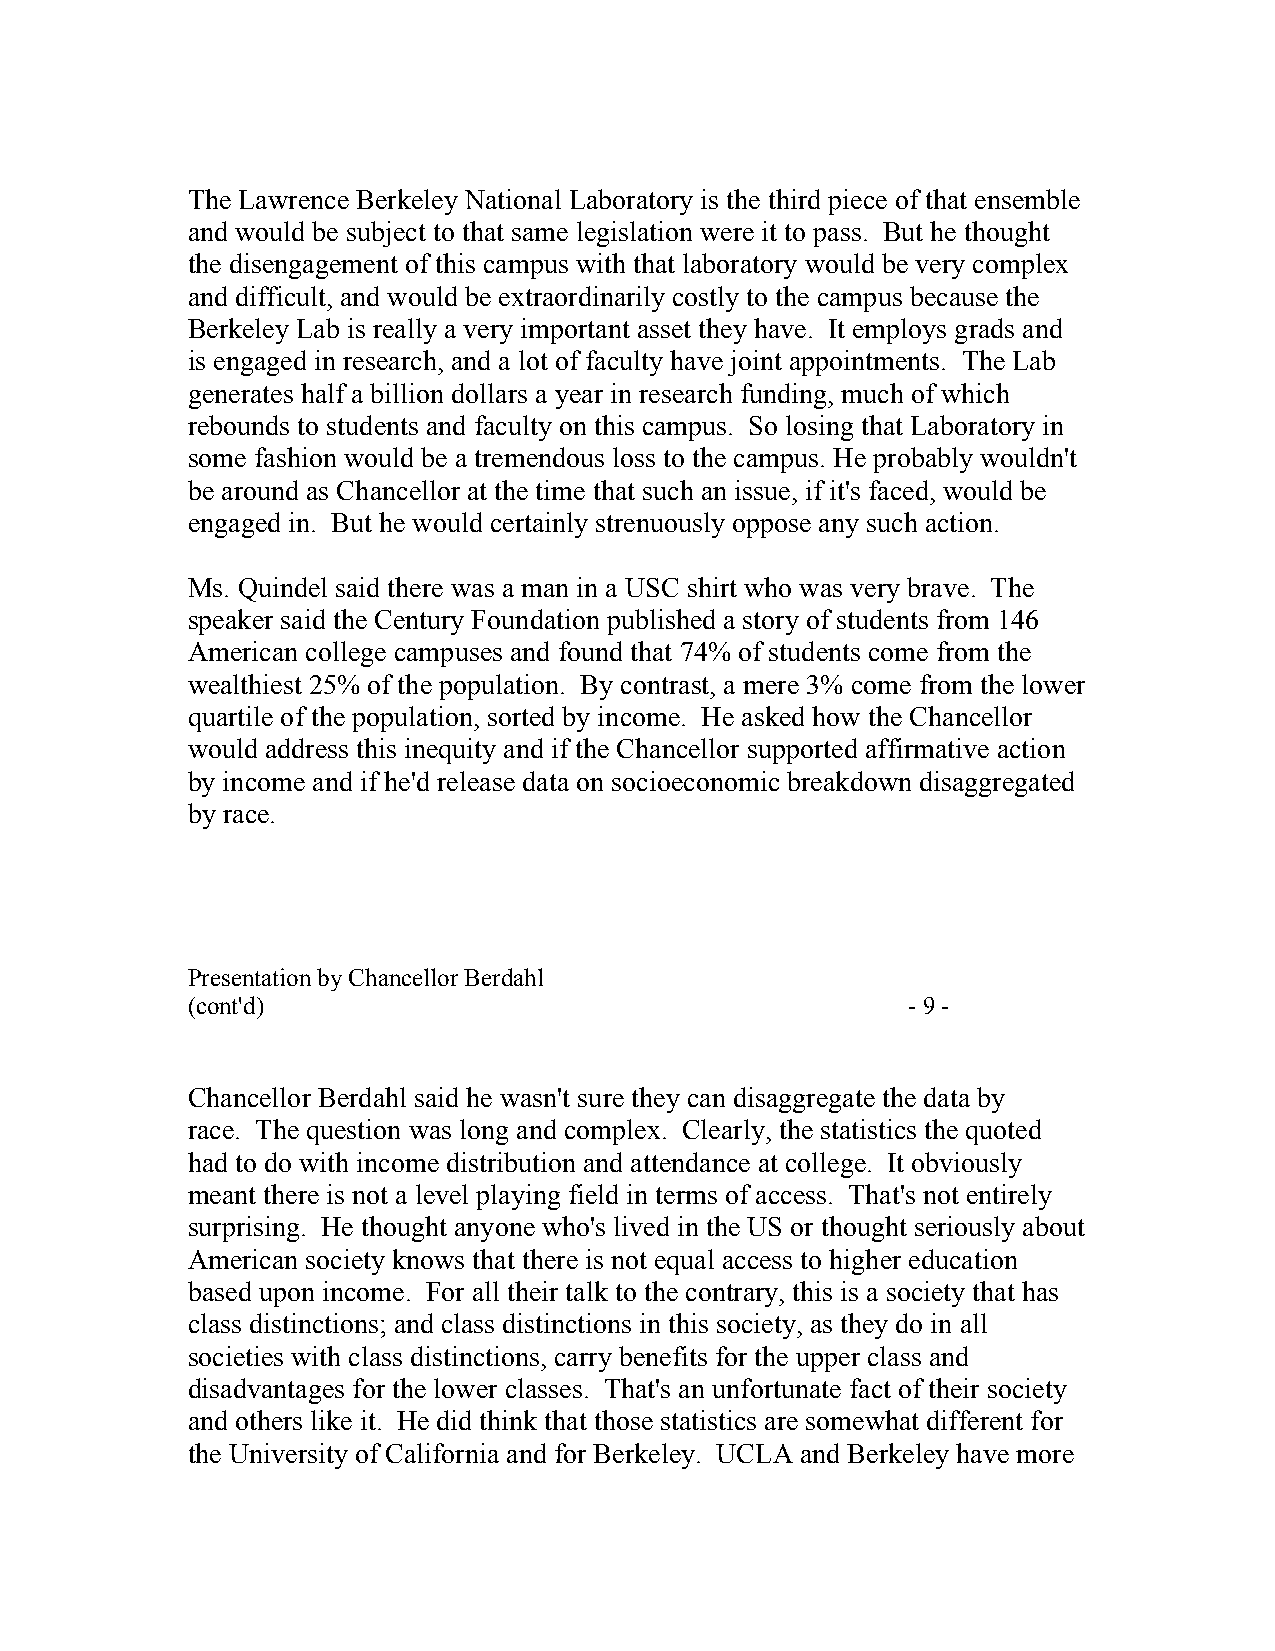
The Lawrence Berkeley National Laboratory is the third piece of that ensemble
 and would be subject to that same legislation were it to pass. But he thought
 the disengagement of this campus with that laboratory would be very complex
 and difficult, and would be extraordinarily costly to the campus because the
 Berkeley Lab is really a very important asset they have. It employs grads and
 is engaged in research, and a lot of faculty have joint appointments. The Lab
 generates half a billion dollars a year in research funding, much of which
 rebounds to students and faculty on this campus. So losing that Laboratory in
 some fashion would be a tremendous loss to the campus. He probably wouldn't
 be around as Chancellor at the time that such an issue, if it's faced, would be
 engaged in. But he would certainly strenuously oppose any such action.
 Ms. Quindel said there was a man in a USC shirt who was very brave. The
 speaker said the Century Foundation published a story of students from 146
 American college campuses and found that 74% of students come from the
 wealthiest 25% of the population. By contrast, a mere 3% come from the lower
 quartile of the population, sorted by income. He asked how the Chancellor
 would address this inequity and if the Chancellor supported affirmative action
 by income and if he'd release data on socioeconomic breakdown disaggregated
 by race.
 Presentation by Chancellor Berdahl
 (cont'd)                                        - 9 -
 Chancellor Berdahl said he wasn't sure they can disaggregate the data by
 race. The question was long and complex. Clearly, the statistics the quoted
 had to do with income distribution and attendance at college. It obviously
 meant there is not a level playing field in terms of access. That's not entirely
 surprising. He thought anyone who's lived in the US or thought seriously about
 American society knows that there is not equal access to higher education
 based upon income. For all their talk to the contrary, this is a society that has
 class distinctions; and class distinctions in this society, as they do in all
 societies with class distinctions, carry benefits for the upper class and
 disadvantages for the lower classes. That's an unfortunate fact of their society
 and others like it. He did think that those statistics are somewhat different for
 the University of California and for Berkeley. UCLA and Berkeley have more